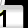
Digit: 1